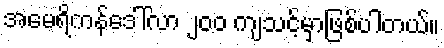
အမေရိကန်ဒေါ်လာ ၂၀၀ ကျသင့်မှာဖြစ်ပါတယ်။